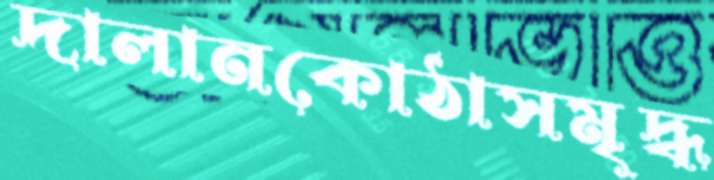
দালানকোঠাসমৃদ্ধ